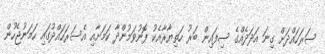
ސަރަހައްދަށް ގިނަ އަދަދެއްގެ ސިފައިން ބަރު ހަތިޔާރާއެކު ފޮނުވަމުންދާ ކަމަށާއި އެސަރަހައްދުގައި ހަމަނުޖެހުން